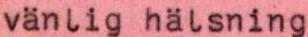
vänlig hälsning